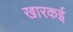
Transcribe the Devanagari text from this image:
खारकई